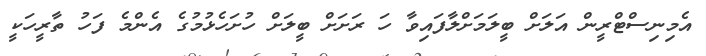
އެމިނިސްޓްރީން އަލަށް ބީލަމަށްލާފައިވާ ހަ ރަށަށް ބީލަށް ހުށަހެޅުމުގެ އެންމެ ފަހު ތާރީހަކީ